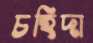
চহিদা